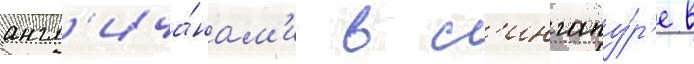
англ'ича́нам'и в с'ингапу́р'е в